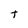
Character: t